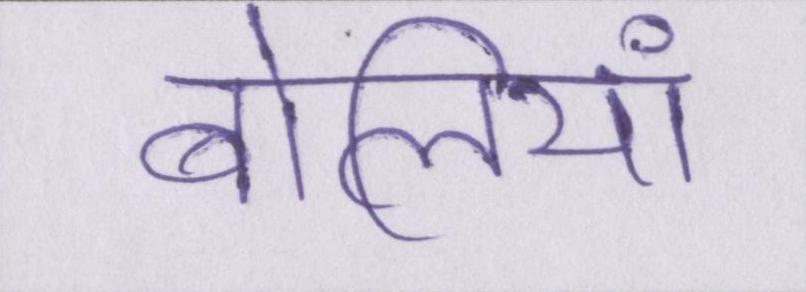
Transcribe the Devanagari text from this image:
बोलियां